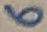
Text: 6